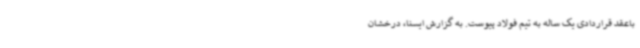
باعقد قراردادی یک ساله به تیم فولاد پیوست. به گزارش ایسنا، درخشان